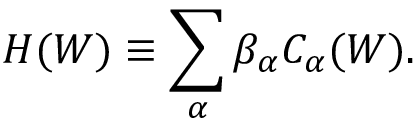
H ( W ) \equiv \sum _ { \alpha } \beta _ { \alpha } C _ { \alpha } ( W ) .